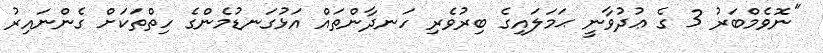
"ނޮވެމްބަރު 3 ގެ ޢުދުވާނީ ޙަމަލައިގެ ބިރުވެރި ހަނދާންތައް އަޅުގަނޑުމެންގެ ހިތްތަކަށް ގެންނައިރު